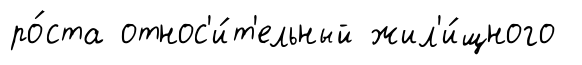
ро́ста относ'и́т'ельный жил'и́щного